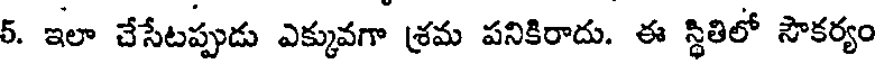
5. ఇలా చేసేటప్పుడు ఎక్కువగా శ్రమ పనికిరాదు. ఈ స్థితిలో సౌకర్యం